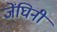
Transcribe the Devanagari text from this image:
जेंघिनी